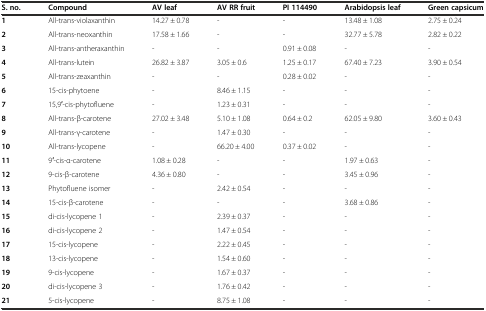
<table><thead><tr><td><b>S. no.</b></td><td><b>Compound</b></td><td><b>AV leaf</b></td><td><b>AV RR fruit</b></td><td><b>PI 114490</b></td><td><b>Arabidopsis leaf</b></td><td><b>Green capsicum</b></td></tr></thead><tbody><tr><td><b>1</b></td><td>All-trans-violaxanthin</td><td>14.27 ± 0.78</td><td>-</td><td>-</td><td>13.48 ± 1.08</td><td>2.75 ± 0.24</td></tr><tr><td><b>2</b></td><td>All-trans-neoxanthin</td><td>17.58 ± 1.66</td><td>-</td><td>-</td><td>32.77 ± 5.78</td><td>2.82 ± 0.22</td></tr><tr><td><b>3</b></td><td>All-trans-antheraxanthin</td><td>-</td><td>-</td><td>0.91 ± 0.08</td><td>-</td><td>-</td></tr><tr><td><b>4</b></td><td>All-trans-lutein</td><td>26.82 ± 3.87</td><td>3.05 ± 0.6</td><td>1.25 ± 0.17</td><td>67.40 ± 7.23</td><td>3.90 ± 0.54</td></tr><tr><td><b>5</b></td><td>All-trans-zeaxanthin</td><td>-</td><td>-</td><td>0.28 ± 0.02</td><td>-</td><td>-</td></tr><tr><td><b>6</b></td><td>15-cis-phytoene</td><td>-</td><td>8.46 ± 1.15</td><td>-</td><td>-</td><td>-</td></tr><tr><td><b>7</b></td><td>15,9′-cis-phytofluene</td><td>-</td><td>1.23 ± 0.31</td><td>-</td><td>-</td><td>-</td></tr><tr><td><b>8</b></td><td>All-trans-β-carotene</td><td>27.02 ± 3.48</td><td>5.10 ± 1.08</td><td>0.64 ± 0.2</td><td>62.05 ± 9.80</td><td>3.60 ± 0.43</td></tr><tr><td><b>9</b></td><td>All-trans-γ-carotene</td><td>-</td><td>1.47 ± 0.30</td><td>-</td><td>-</td><td>-</td></tr><tr><td><b>10</b></td><td>All-trans-lycopene</td><td>-</td><td>66.20 ± 4.00</td><td>0.37 ± 0.02</td><td>-</td><td>-</td></tr><tr><td><b>11</b></td><td>9′-cis-α-carotene</td><td>1.08 ± 0.28</td><td>-</td><td>-</td><td>1.97 ± 0.63</td><td>-</td></tr><tr><td><b>12</b></td><td>9-cis-β-carotene</td><td>4.36 ± 0.80</td><td>-</td><td>-</td><td>3.45 ± 0.96</td><td>-</td></tr><tr><td><b>13</b></td><td>Phytofluene isomer</td><td>-</td><td>2.42 ± 0.54</td><td>-</td><td>-</td><td>-</td></tr><tr><td><b>14</b></td><td>15-cis-β-carotene</td><td>-</td><td>-</td><td>-</td><td>3.68 ± 0.86</td><td>-</td></tr><tr><td><b>15</b></td><td>di-cis-lycopene 1</td><td>-</td><td>2.39 ± 0.37</td><td>-</td><td>-</td><td>-</td></tr><tr><td><b>16</b></td><td>di-cis-lycopene 2</td><td>-</td><td>1.47 ± 0.54</td><td>-</td><td>-</td><td>-</td></tr><tr><td><b>17</b></td><td>15-cis-lycopene</td><td>-</td><td>2.22 ± 0.45</td><td>-</td><td>-</td><td>-</td></tr><tr><td><b>18</b></td><td>13-cis-lycopene</td><td>-</td><td>1.54 ± 0.60</td><td>-</td><td>-</td><td>-</td></tr><tr><td><b>19</b></td><td>9-cis-lycopene</td><td>-</td><td>1.67 ± 0.37</td><td>-</td><td>-</td><td>-</td></tr><tr><td><b>20</b></td><td>di-cis-lycopene 3</td><td>-</td><td>1.76 ± 0.42</td><td>-</td><td>-</td><td>-</td></tr><tr><td><b>21</b></td><td>5-cis-lycopene</td><td>-</td><td>8.75 ± 1.08</td><td>-</td><td>-</td><td>-</td></tr></tbody></table>